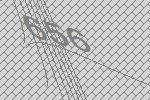
656